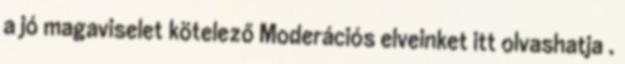
a jó magaviselet kötelező Moderációs elveinket itt olvashatja .